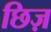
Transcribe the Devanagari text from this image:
छिज़